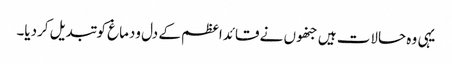
یہی وہ حالات ہیں جنھوں نے قائداعظم کے دل ودماغ کو تبدیل کردیا۔